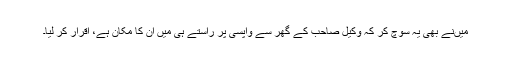
میںنے بھی یہ سوچ کر کہ وکیل صاحب کے گھر سے واپسی پر راستے ہی میں ان کا مکان ہے، اقرار کر لیا۔